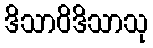
ဒိသာဝိဒိသာသု